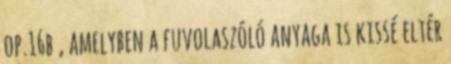
op.16b , amelyben a fuvolaszóló anyaga is kissé eltér